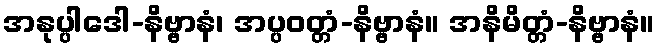
အနုပ္ပါဒေါ-နိဗ္ဗာနံ၊ အပ္ပဝတ္တံ-နိဗ္ဗာနံ။ အနိမိတ္တံ-နိဗ္ဗာနံ။